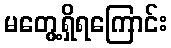
မတွေ့ရှိရကြောင်း